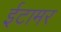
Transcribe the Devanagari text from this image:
ईटामर